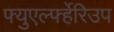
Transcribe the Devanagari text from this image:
फ्युएर्ल्फ्हेरिउप